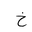
Letter: _kha